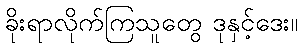
ခိုးရာလိုက်ကြသူတွေ ဒုနှင့်ဒေး။